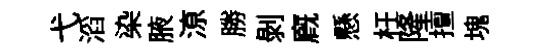
弋滔染腋鿌勝剝廐懸枉隆擅塊